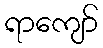
ရာကျော်